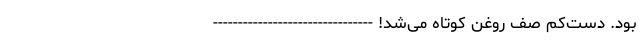
بود. دست‌کم صف روغن کوتاه می‌شد! --------------------------------